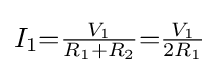
{\textstyle I_{1}{=}{\tfrac {V_{1}}{R_{1}+R_{2}}}{=}{\tfrac {V_{1}}{2R_{1}}}}